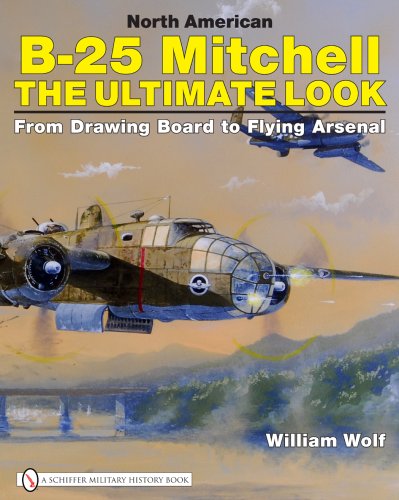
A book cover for North American B-25 Mitchell: The Ultimate Look: From Drawing Board to Flying Arsenal; William Wolf; Engineering & Transportation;